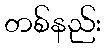
တစ်နည်း